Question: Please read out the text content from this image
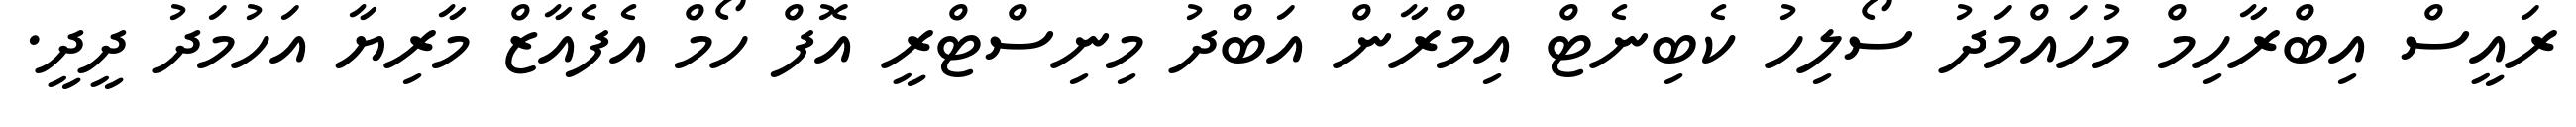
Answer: ރައީސް އިބްރާހިމް މުހައްމަދު ސޯލިހު ކެބިނެޓް އިމްރާން އަބްދު މިނިސްޓްރީ އޮފް ހޯމް އެފެއާޒް މާރިޔާ އަހުމަދު ދީދީ.